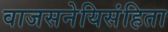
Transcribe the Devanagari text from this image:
वाजसनेयिसंहिता